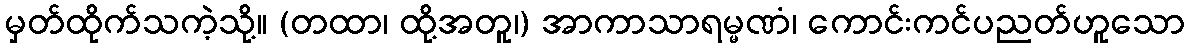
မှတ်ထိုက်သကဲ့သို့။ (တထာ၊ ထို့အတူ၊) အာကာသာရမ္မဏံ၊ ကောင်းကင်ပညတ်ဟူသော